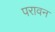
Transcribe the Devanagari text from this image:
परावन